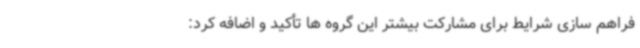
فراهم سازی شرایط برای مشارکت بیشتر این گروه ها تأکید و اضافه کرد: